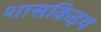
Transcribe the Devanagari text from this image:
शासकिइय